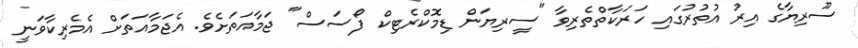
ސޫރިޔާގެ އިރު އުތުރުގައި ހަރަކާތްތެރިވާ "ސީރިޔަން ޑިމޮކްރެޓިކް ފޯސަސް" ޖަމާއަތަށެވެ. އެޖަމާއަތަށް އެމެރިކާވަނީ